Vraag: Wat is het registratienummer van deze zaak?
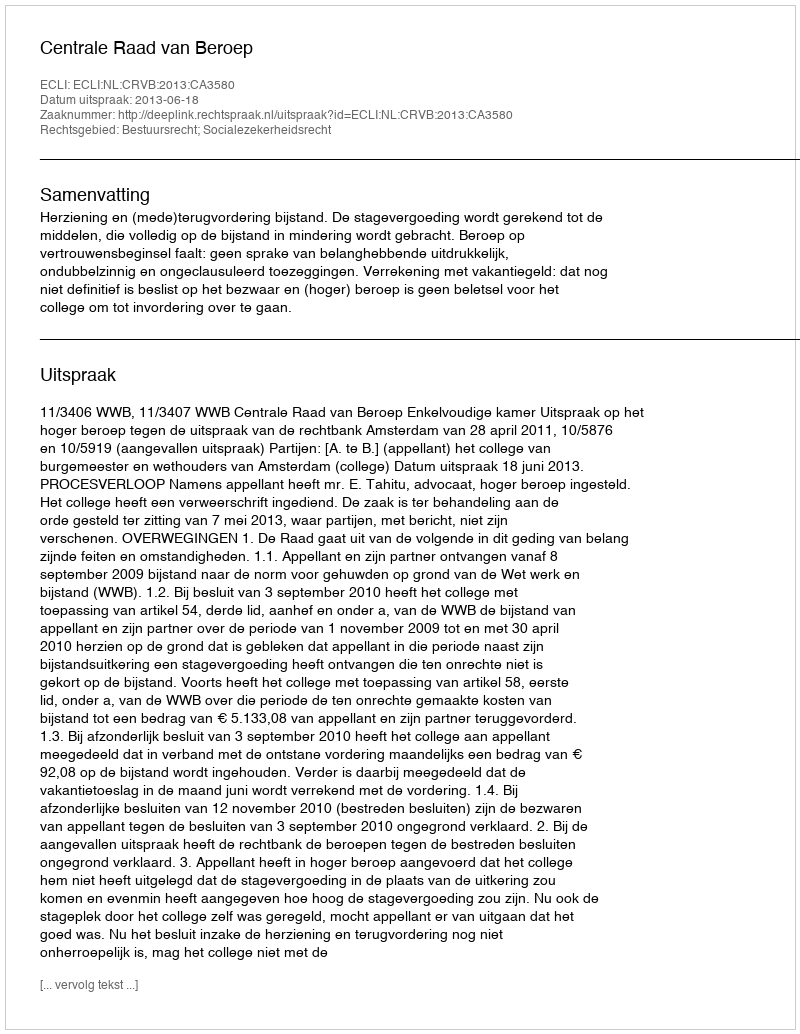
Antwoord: http://deeplink.rechtspraak.nl/uitspraak?id=ECLI:NL:CRVB:2013:CA3580